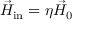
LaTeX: { \vec { H } } _ { \mathrm { i n } } = \eta { \vec { H } } _ { 0 }